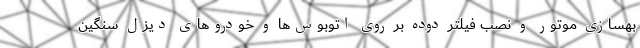
بهسازی موتور و نصب فیلتر دوده بر روی اتوبوس‌ها و خودروهای دیزل سنگین